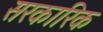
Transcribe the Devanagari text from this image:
सरकारिक